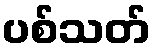
ပစ်သတ်